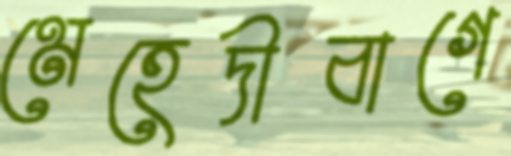
মেহেদীবাগে